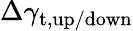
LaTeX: \Delta\gamma_{\mathrm{t,up/down}}